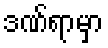
ဒဏ်ရာမှာ